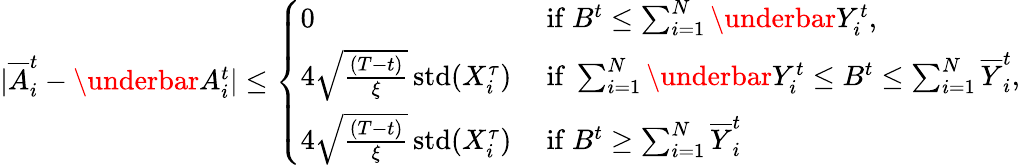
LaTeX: \begin{array}{r}{|\overline{{A}}_{i}^{t}-\underbar{A}_{i}^{t}|\leq\left\{ \begin{array}{ll}{0}&{\mathrm{~if~}B^{t}\leq\sum_{i=1}^{N}\underbar{Y}_{i}^{t},}\\ {4\sqrt{\frac{(T-t)}{{\xi}}}\operatorname{std}(X_{i}^{\tau})}&{\mathrm{~if~}\sum_{i=1}^{N}\underbar{Y}_{i}^{t}\leq B^{t}\leq\sum_{i=1}^{N}\overline{{Y}}_{i}^{t},}\\ {4\sqrt{\frac{(T-t)}{{\xi}}}\operatorname{std}(X_{i}^{\tau})}&{\mathrm{~if~}B^{t}\geq\sum_{i=1}^{N}\overline{{Y}}_{i}^{t}}\end{array}\right.}\end{array}